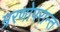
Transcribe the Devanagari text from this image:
म्ररणोपरान्त